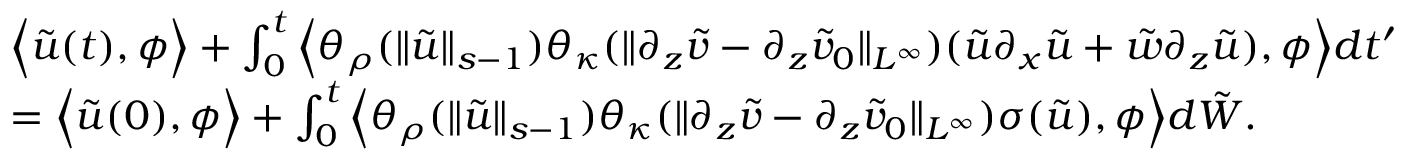
\begin{array} { r l } & { \Big \langle \tilde { u } ( t ) , \phi \Big \rangle + \int _ { 0 } ^ { t } \Big \langle \theta _ { \rho } ( \| \tilde { u } \| _ { s - 1 } ) \theta _ { \kappa } ( \| \partial _ { z } \tilde { v } - \partial _ { z } \tilde { v } _ { 0 } \| _ { L ^ { \infty } } ) ( \tilde { u } \partial _ { x } \tilde { u } + \tilde { w } \partial _ { z } \tilde { u } ) , \phi \Big \rangle d t ^ { \prime } } \\ & { = \Big \langle \tilde { u } ( 0 ) , \phi \Big \rangle + \int _ { 0 } ^ { t } \Big \langle \theta _ { \rho } ( \| \tilde { u } \| _ { s - 1 } ) \theta _ { \kappa } ( \| \partial _ { z } \tilde { v } - \partial _ { z } \tilde { v } _ { 0 } \| _ { L ^ { \infty } } ) \sigma ( \tilde { u } ) , \phi \Big \rangle d \tilde { W } . } \end{array}